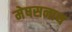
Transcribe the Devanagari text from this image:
मेषसनाथ